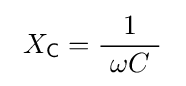
\ X_{\mathsf {C}}={\frac {1}{\ \omega C\ }}\